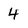
Character: 4